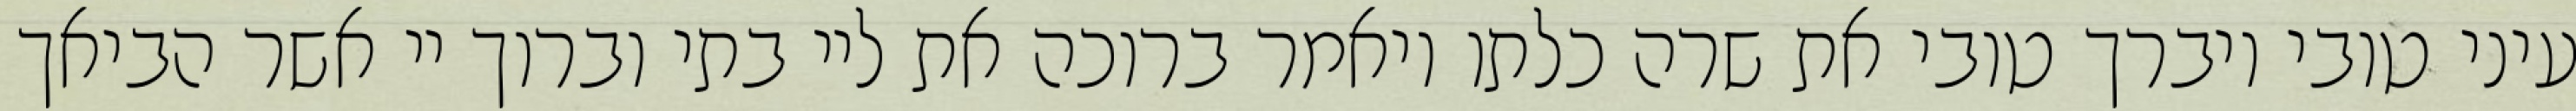
עיני טובי ויברך טובי את שרה כלתו ויאמר ברוכה את ליי בתי וברוך יי אשר הביאך